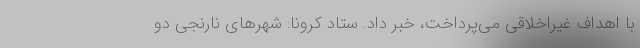
با اهداف غیراخلاقی می‌پرداخت، خبر داد. ستاد کرونا: شهرهای نارنجی دو